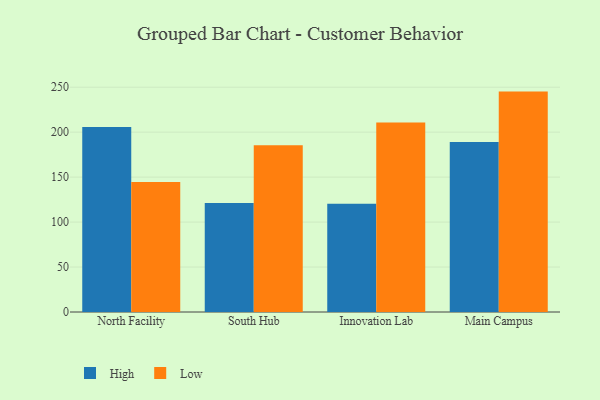
{"axis": {"x": "Campus", "y": "Customer Acquisition Cost (USD)"}, "legend": ["High", "Low"], "data": [{"x": "North Facility", "y": 205.8, "type": "High"}, {"x": "North Facility", "y": 144.7, "type": "Low"}, {"x": "South Hub", "y": 121.1, "type": "High"}, {"x": "South Hub", "y": 185.4, "type": "Low"}, {"x": "Innovation Lab", "y": 120.4, "type": "High"}, {"x": "Innovation Lab", "y": 210.7, "type": "Low"}, {"x": "Main Campus", "y": 189.1, "type": "High"}, {"x": "Main Campus", "y": 245.1, "type": "Low"}]}